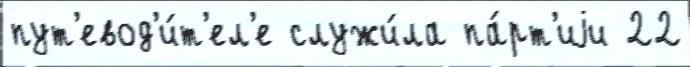
пут'евод'и́т'ел'е служи́ла па́рт'иjи 22